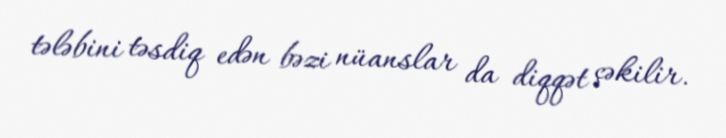
tələbini təsdiq edən bəzi nüanslar da diqqət çəkilir.